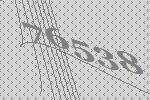
76538